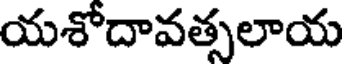
యశోదావత్సలాయ